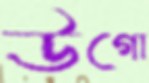
উগো